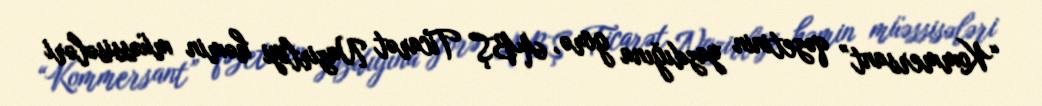
“Kommersant” qəzetinin yazdığına görə, ABŞ Ticarət Nazirliyi həmin müəssisələri